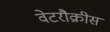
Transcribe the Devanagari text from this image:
वेटरौक्रीस